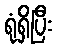
ရုံရှိပြီး